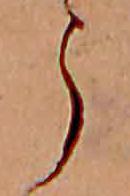
う